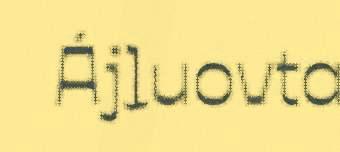
Ájluovta